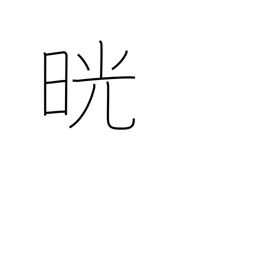
Meaning: clear